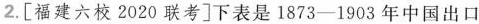
2.[福建六校2020联考]下表是1873—1903年中国出口